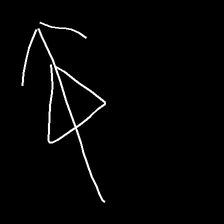
Glyph: pull